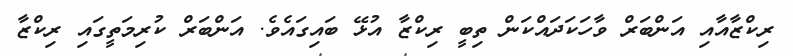
ރިކްޒާއާއި އަންބަރް ވާހަކަދައްކަން ތިބީ ރިކްޒާ އުޅޭ ބައިގައެވެ. އަންބަރް ކުރިމަތީގައި ރިކްޒާ